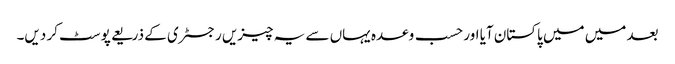
بعد میں میں پاکستان آیا اور حسب وعدہ یہاں سے یہ چیزیں رجسٹری کے ذریعے پوسٹ کر دیں۔